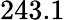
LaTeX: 243.1